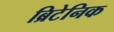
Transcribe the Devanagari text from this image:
ब्रिटेनिक